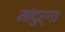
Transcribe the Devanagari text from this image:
मांदुर्गा